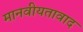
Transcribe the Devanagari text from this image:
मानवीयतावाद